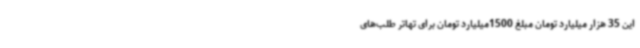
این 35 هزار میلیارد تومان مبلغ 1500میلیارد تومان برای تهاتر طلب‌های